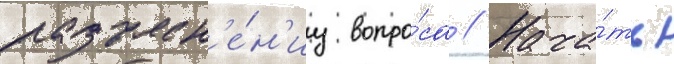
разъясн'е́н'иу вопро́са // Нача́ть